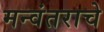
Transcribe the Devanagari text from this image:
मन्वंतराचे